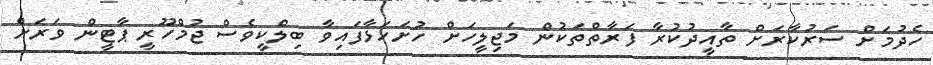
ހެދުމަށް ސަރުކާރަށް ތާއީދުކުރާ ފަރާތްތަކުން މަޖިލީހަށް ހުށަހަޅާފައިވާ ބިލްކީވެސް ޖުމްހޫރީ ޕާޓީން ވަރަށް